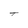
Character: T